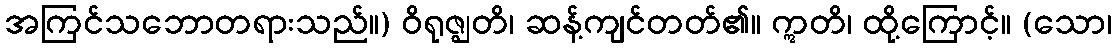
အကြင်သဘောတရားသည်။) ဝိရုဇ္ဈတိ၊ ဆန့်ကျင်တတ်၏။ ဣတိ၊ ထို့ကြောင့်။ (သော၊